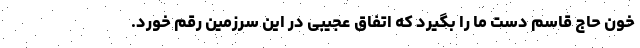
خون حاج قاسم دست ما را بگیرد که اتفاق عجیبی در این سرزمین رقم خورد.